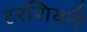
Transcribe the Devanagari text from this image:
टरशियरी